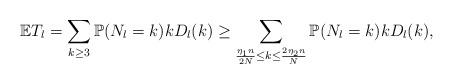
LaTeX: \begin{align*}\mathbb{E} T_l = \sum_{k \geq 3} \mathbb{P}(N_l = k) kD_l(k) \geq \sum_{\frac{\eta_1 n}{2N} \leq k \leq \frac{2\eta_2 n}{N}}\mathbb{P}(N_l = k) kD_l(k), \end{align*}